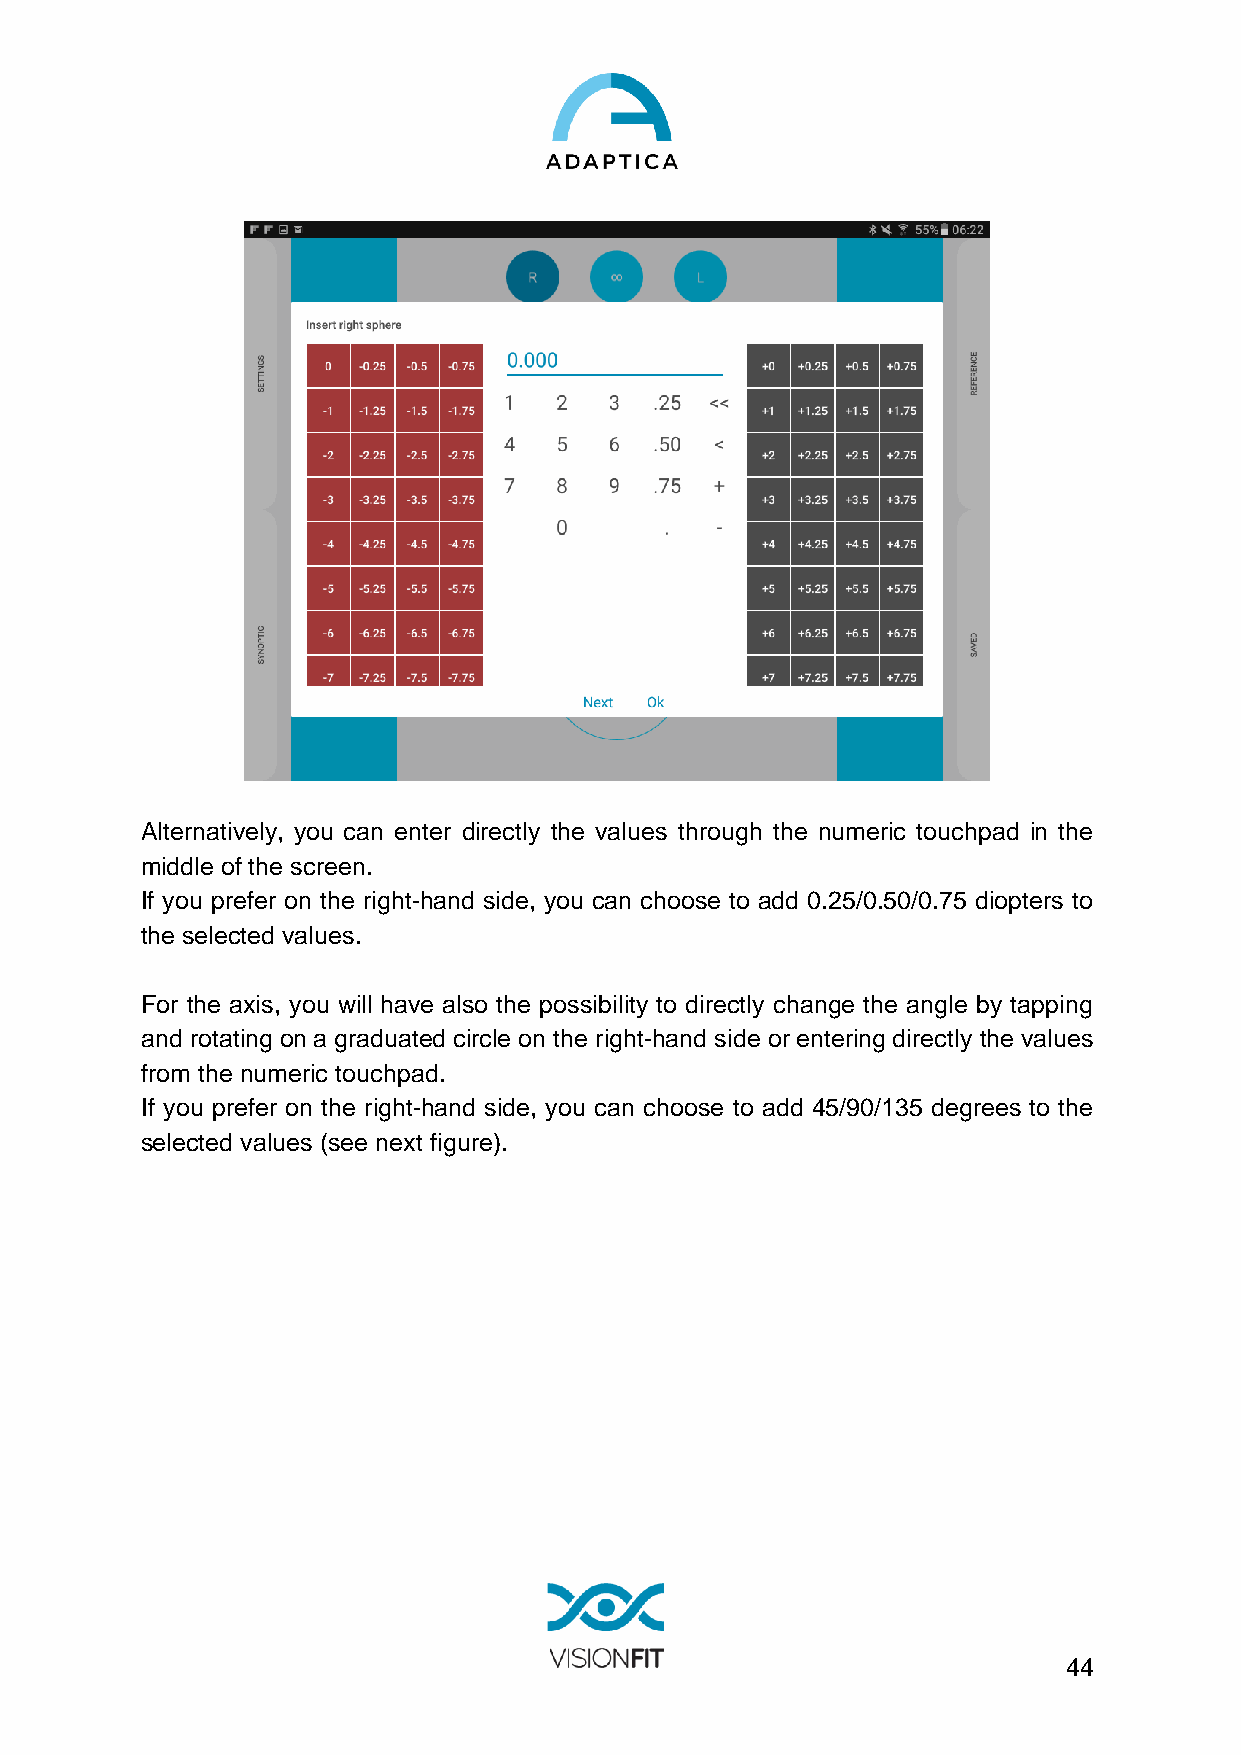
Alternatively, you can enter directly the values through the numeric touchpad in the
 middle of the screen.
 If you prefer on the right-hand side, you can choose to add 0.25/0.50/0.75 diopters to
 the selected values.
 For the axis, you will have also the possibility to directly change the angle by tapping
 and rotating on a graduated circle on the right-hand side or entering directly the values
 from the numeric touchpad.
 If you prefer on the right-hand side, you can choose to add 45/90/135 degrees to the
 selected values (see next figure).
 44